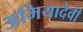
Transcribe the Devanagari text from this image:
अमियादेवी